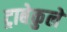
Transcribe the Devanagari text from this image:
ट्राबेकुले